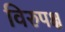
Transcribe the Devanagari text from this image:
विरुपक्ष